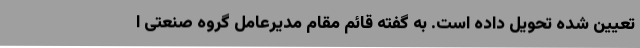
تعیین شده تحویل داده است. به گفته قائم مقام مدیرعامل گروه صنعتی ا